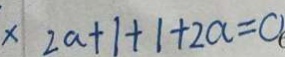
\times 2 a + 1 + 1 + 2 a = O